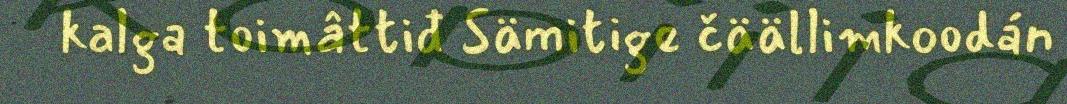
kalga toimâttiđ Sämitige čäällimkoodán